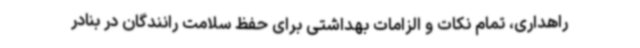
راهداری، تمام نکات و الزامات بهداشتی برای حفظ سلامت رانندگان در بنادر